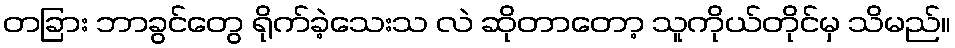
တခြား ဘာခွင်တွေ ရိုက်ခဲ့သေးသ လဲ ဆိုတာတော့ သူကိုယ်တိုင်မှ သိမည်။